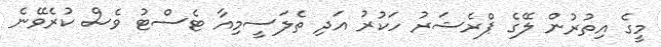
މީގެ އިތުރުން ލޭގެ ޕްރެޝަރު ހަކުރު އަދި ތެލަސީމިއާ ޓެސްޓު ވެސް ކުރެވޭނެ